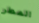
المطر